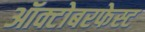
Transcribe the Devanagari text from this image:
ऑक्टोबरफेस्ट